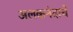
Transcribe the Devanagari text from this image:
अलकनंदाचे